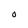
Character: O